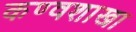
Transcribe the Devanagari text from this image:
कण्वशाखा